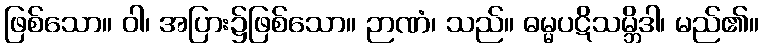
ဖြစ်သော။ ဝါ၊ အပြား၌ဖြစ်သော။ ဉာဏံ၊ သည်။ ဓမ္မပဋိသမ္ဘိဒါ၊ မည်၏။